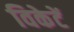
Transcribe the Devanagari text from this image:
विकेटें